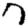
Digit: 7